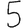
Digit: 5